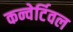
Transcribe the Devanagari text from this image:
कन्वेर्टिवल